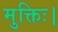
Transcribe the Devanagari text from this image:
मुक्तिः।